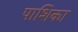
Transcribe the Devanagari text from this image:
पाशिका